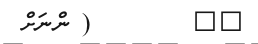
٢٣        ( ންނަށް